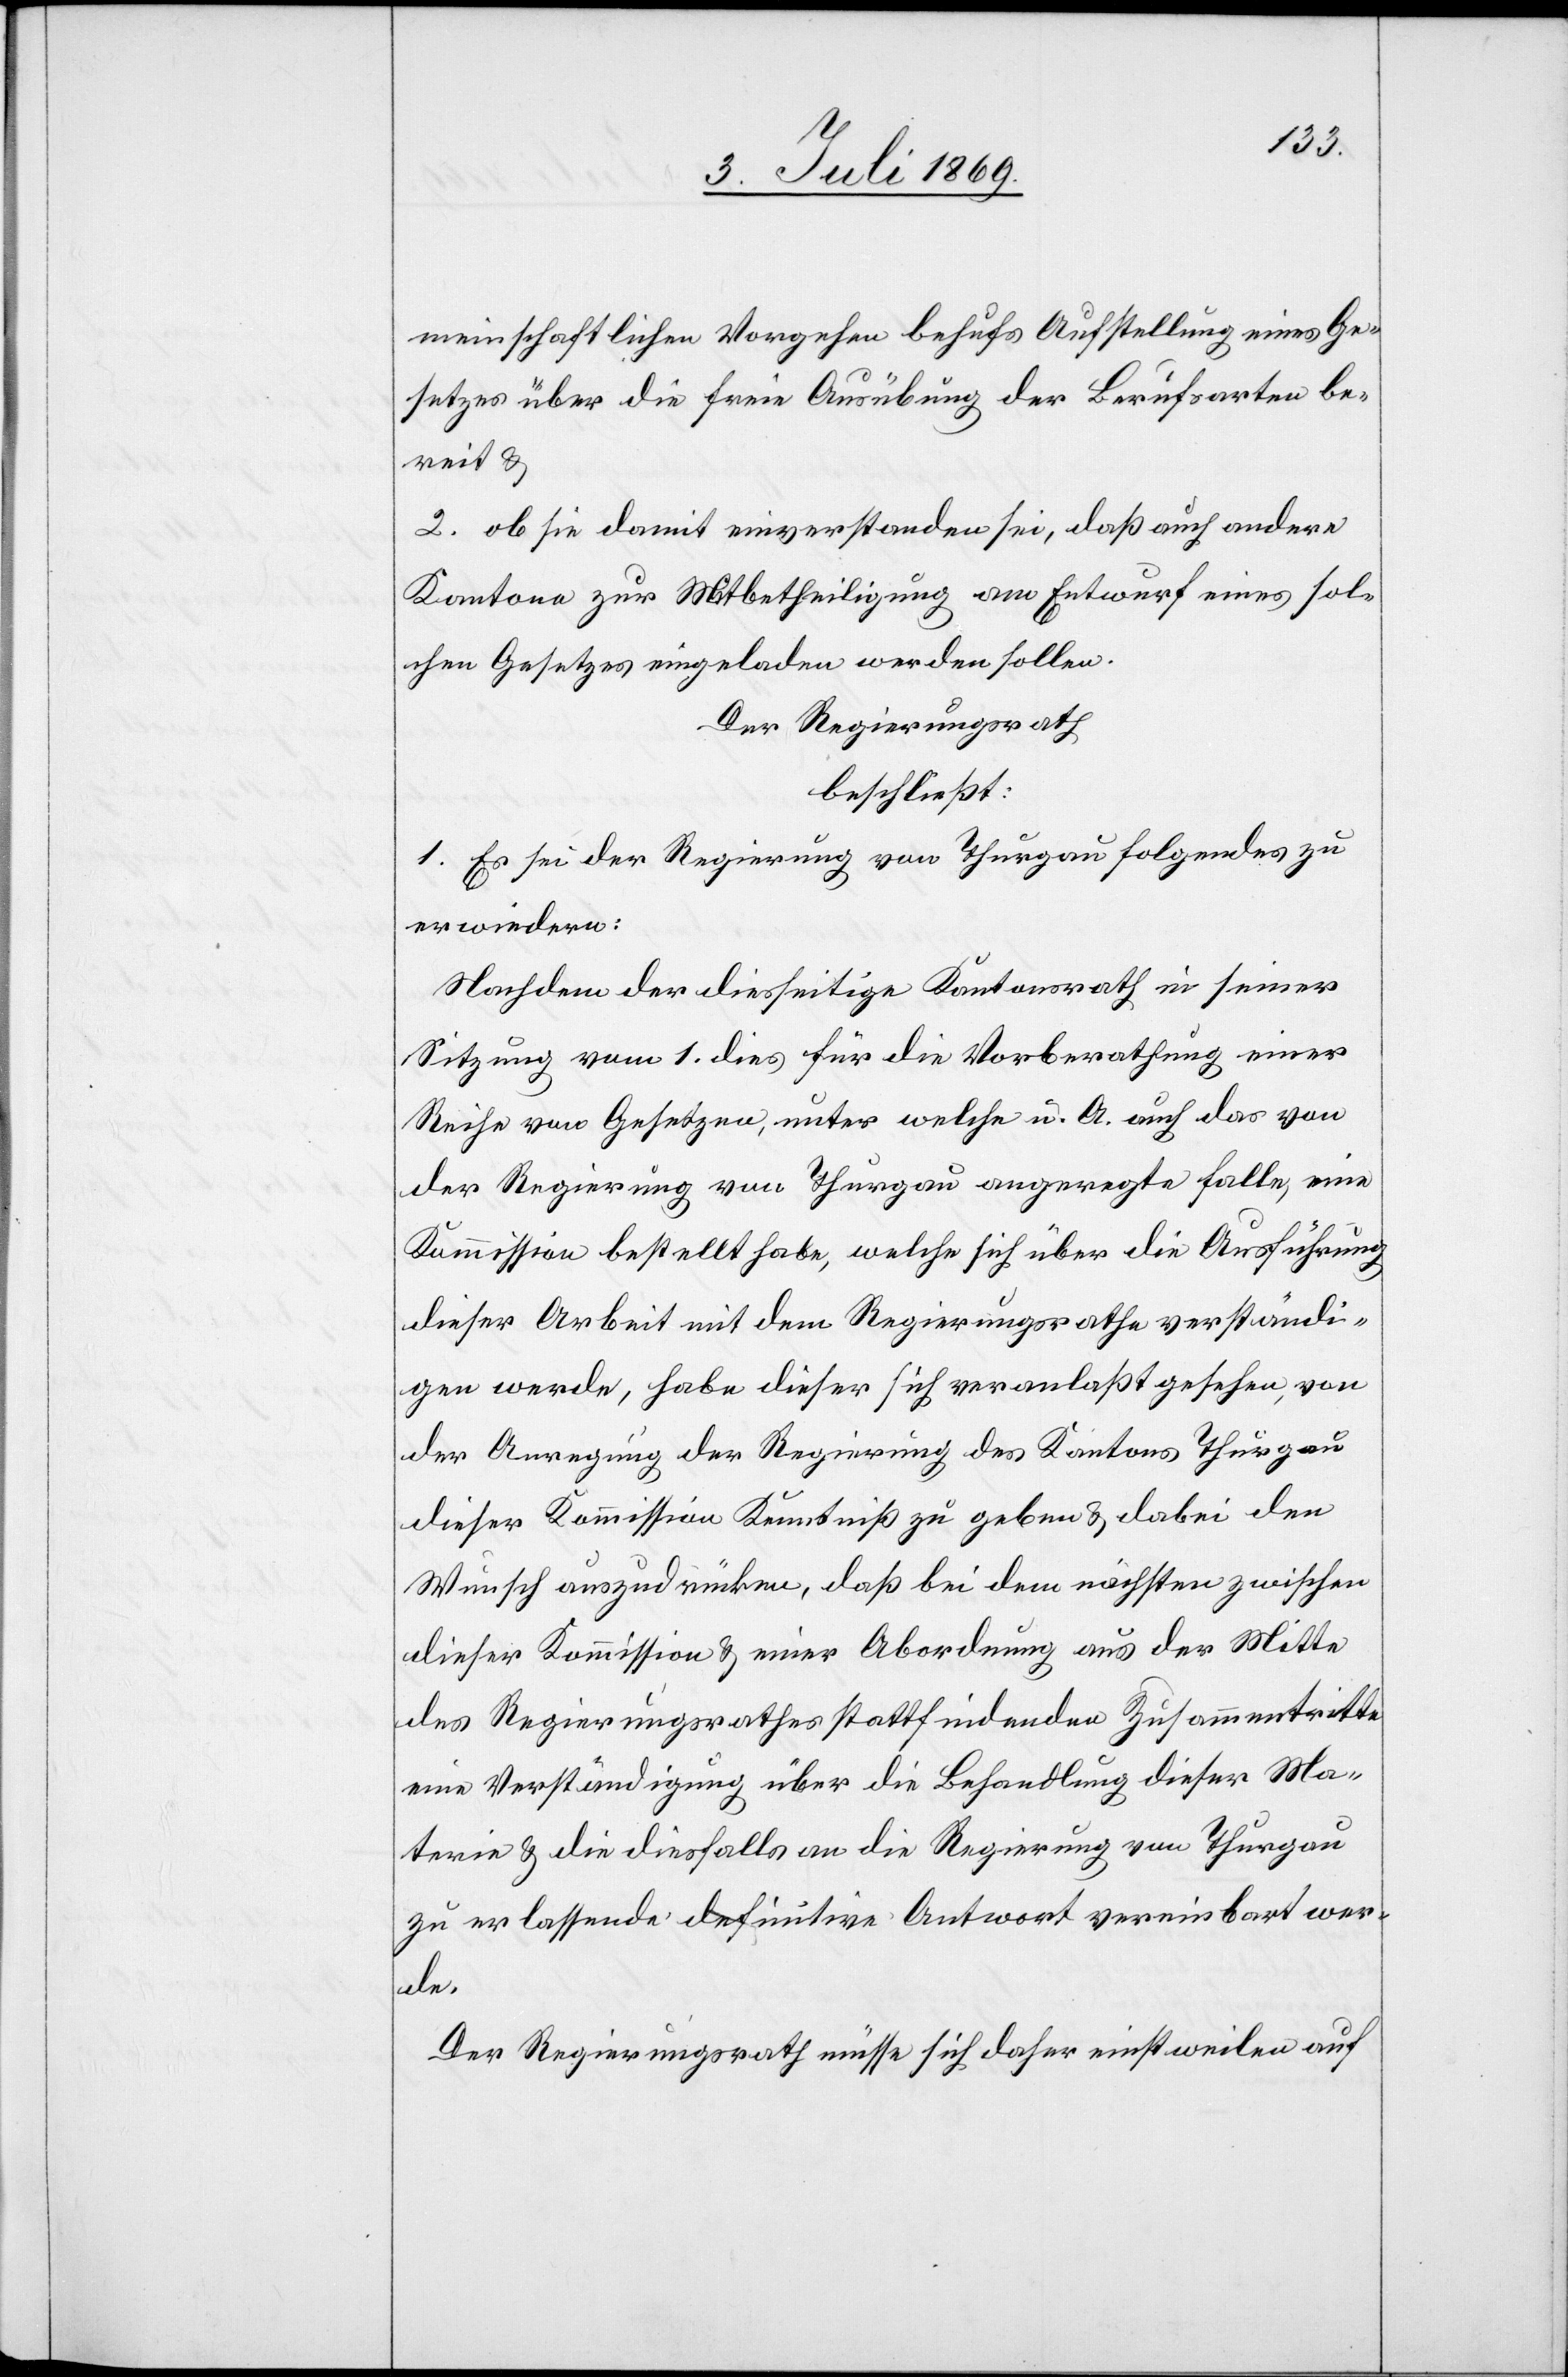
meinschaftlichen Vorgehen behufs Aufstellung eines Ge¬
setzes über die freie Ausübung der Berufsarten be¬
reit u.
2. ob sie damit einverstanden sei, daß auch andere
Kantone zur Mitbetheiligung am Entwurf eines sol¬
chen Gesetzes eingeladen werden sollen.
Der Regierungsrath
beschließt:
1. Es sei der Regierung von Thurgau folgendes zu
erwiedern:
Nachdem der diesseitige Kantonsrath in seiner
Sitzung vom 1 dies für die Vorberathung einer
Reihe von Gesetzen, unter welche u. A. auch das von
der Regierung von Thurgau angeregten Falle [sic!], eine
Kommission bestellt habe, welche sich über die Ausführung
dieser Arbeit mit dem Regierungsrathe verständi¬
gen werde, habe dieser sich veranlaßt gesehen, von
der Anregung der Regierung des Kantons Thurgau
dieser Kommission Kenntniß zu geben u. dabei den
Wunsch auszudrücken, daß bei dem nächsten zwischen
dieser Kommission u. einer Abordnung aus der Mitte
des Regierungsrathes stattfindenden Zusammentritte
eine Verständigung über die Behandlung dieser Ma¬
terie u. die diesfalls an die Regierung von Thurgau
zu erlassende definitive Antwort vereinbart wer¬
de.
Der Regierungsrath müsse sich daher einstweilen auf